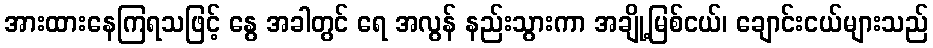
အားထားနေကြရသဖြင့် နွေ အခါတွင် ရေ အလွန် နည်းသွားကာ အချို့မြစ်ငယ်၊ ချောင်းငယ်များသည်